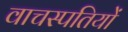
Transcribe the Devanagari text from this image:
वाचस्पतियों